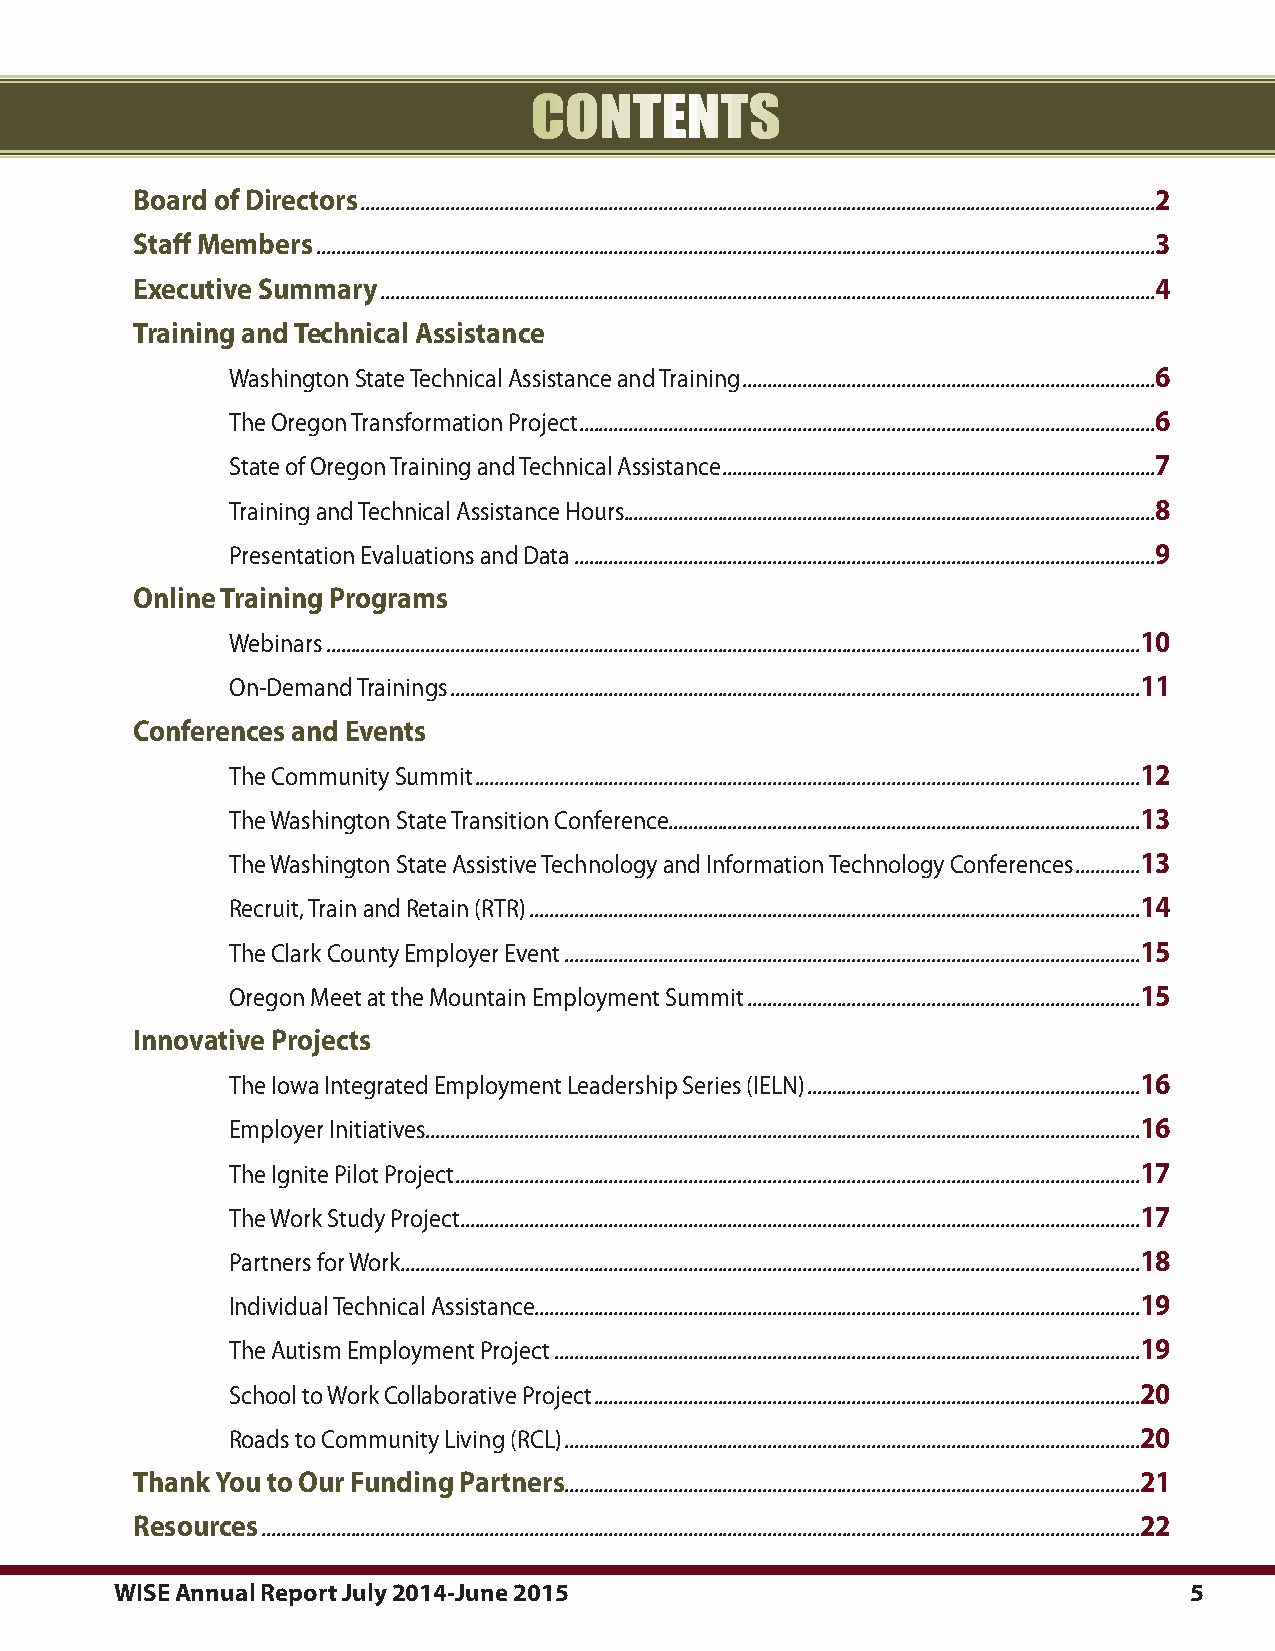
contents
 Board of directors.................................................................................................................................................................2
 staff members..........................................................................................................................................................................3
 executive summary.............................................................................................................................................................4
 training and technical assistance
 .     Washington.State.Technical.Assistance.and.Training....................................................................................6
 .     The.Oregon.Transformation.Project.....................................................................................................................6
 .     State.of.Oregon.Training.and.Technical.Assistance........................................................................................7
 .     Training.and.Technical.Assistance.Hours...........................................................................................................8
 .     Presentation.Evaluations.and.Data......................................................................................................................9
 online training programs
 .     Webinars.....................................................................................................................................................................10
 .     On-Demand.Trainings............................................................................................................................................11
 Conferences and events
 .     The.Community.Summit.......................................................................................................................................12
 .     The.Washington.State.Transition.Conference................................................................................................13
 .     The.Washington.State.Assistive.Technology.and.Information.Technology.Conferences..............13
 .     Recruit,.Train.and.Retain.(RTR)............................................................................................................................14
 .     The.Clark.County.Employer.Event.....................................................................................................................15
 .     Oregon.Meet.at.the.Mountain.Employment.Summit................................................................................15
 innovative projects
 .     The.Iowa.Integrated.Employment.Leadership.Series.(IELN)....................................................................16
 .     Employer.Initiatives.................................................................................................................................................16
 .     The.Ignite.Pilot.Project...........................................................................................................................................17
 .     The.Work.Study.Project..........................................................................................................................................17
 .     Partners.for.Work......................................................................................................................................................18
 .     Individual.Technical.Assistance...........................................................................................................................19
 .     The.Autism.Employment.Project.......................................................................................................................19
 .     School.to.Work.Collaborative.Project...............................................................................................................20
 .     Roads.to.Community.Living.(RCL).....................................................................................................................20
 thank you to our Funding partners.....................................................................................................................21
 resources..................................................................................................................................................................................22
 WISE Annual Report July 2014-June 2015                                 5